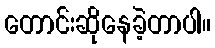
တောင်းဆိုနေခဲ့တာပါ။